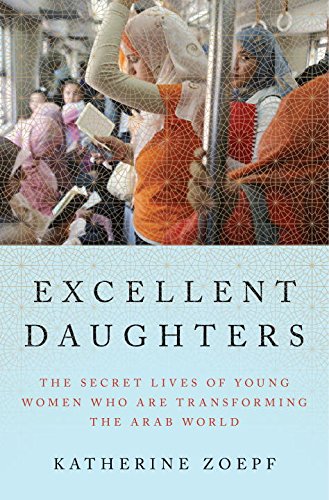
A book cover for Excellent Daughters: The Secret Lives of Young Women Who Are Transforming the Arab World; Katherine Zoepf; Religion & Spirituality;